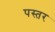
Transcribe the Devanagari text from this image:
पस्तर